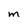
Character: M